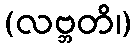
(လဗ္ဘတိ၊)